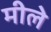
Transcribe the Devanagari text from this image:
मीले